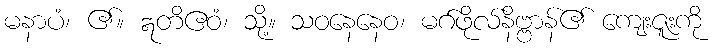
မနာပံ၊ ၏။ ဣတိဧဝံ၊ သို့။ သဝနေနေဝ၊ မဂ်ဖိုလ်နိဗ္ဗာန်၏ ကျေးဇူးကို